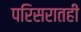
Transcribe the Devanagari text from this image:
परिसरातही